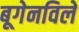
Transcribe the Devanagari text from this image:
बूगेनविले